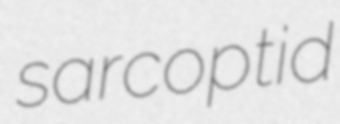
sarcoptid